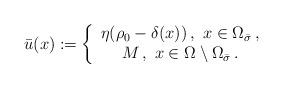
LaTeX: \begin{align*}\bar{u}(x): = \left\{\begin{array}{c} \eta(\rho_0 -\delta(x))\,,\,\,x \in \Omega_{\bar{\sigma}}\,, \\ M \,,\,\,x \in \Omega \setminus \Omega_{\bar{\sigma}}\,. \end{array}\right.\end{align*}